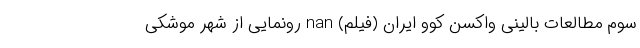
سوم مطالعات بالینی واکسن کوو ایران (فیلم) nan رونمایی از شهر موشکی